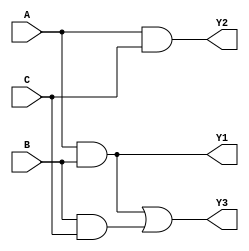
module FusedPAL (
    input wire A,
    input wire B,
    input wire C,
    output wire Y1,
    output wire Y2,
    output wire Y3
);

// Programmable AND array
wire and_out0, and_out1, and_out2; // Outputs from AND gates

// Example configurations for the AND gates
// Configuration for AND gate outputs
// AND gate for Y1 = A AND B
assign and_out0 = A & B;

// AND gate for Y2 = A AND C
assign and_out1 = A & C;

// AND gate for Y3 = B AND C
assign and_out2 = B & C;

// Fixed OR gates
// Let's assume each output can be configured to combine outputs of the AND gates
assign Y1 = and_out0;         // Y1 is directly the output of the first AND gate
assign Y2 = and_out1;         // Y2 is directly the output of the second AND gate
assign Y3 = and_out0 | and_out2; // Y3 combines outputs of first and third AND gates

endmodule